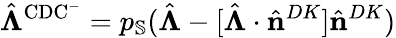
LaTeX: \hat{\boldsymbol{\Lambda}}^{\mathrm{CDC^{-}}}=p_{\mathbb{S}}(\hat{\boldsymbol{\Lambda}}-[\hat{\boldsymbol{\Lambda}}\cdot\hat{\mathbf{n}}^{DK}]\hat{\mathbf{n}}^{DK})